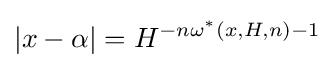
|x-\alpha |=H^{-n\omega ^{*}(x,H,n)-1}